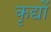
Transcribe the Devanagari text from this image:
कृद्यों